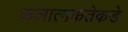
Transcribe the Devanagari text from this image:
कलात्मकतेकडे